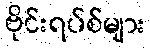
ဗိုင်းရပ်စ်များ